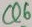
Text: Q6